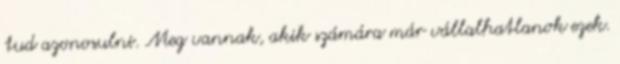
tud azonosulni. Meg vannak, akik számára már vállalhatlanok ezek.